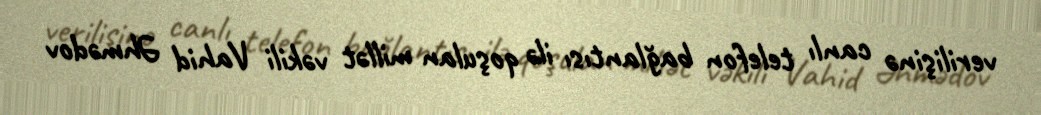
verilişinə canlı telefon bağlantısı ilə qoşulan millət vəkili Vahid Əhmədov